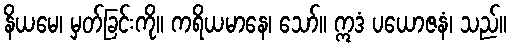
နိယမေ၊ မှတ်ခြင်းကို။ ကရိယမာနေ၊ သော်။ ဣဒံ ပယောဇနံ၊ သည်။